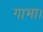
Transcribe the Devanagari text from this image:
गाभा।